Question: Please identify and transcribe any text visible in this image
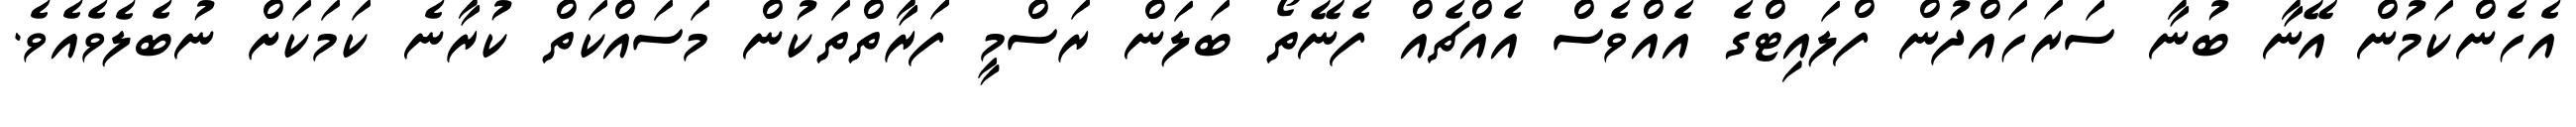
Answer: އެހެންކަމުން އޭނާ ބުނާ ސަރަހައްދުން ފްލައިޓްގެ އެއްވެސް އެއްޗެއް ފެނޭތޯ ބަލަން ރަސްމީ ފަރާތްތަކުން މަސައްކަތް ކުރާނެ ކަމަކަށް ނުބެލެވެއެވެ.